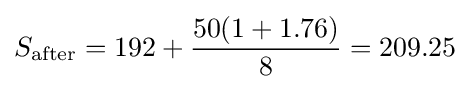
S_{\text{after}}={\text{192}}+{50(1+1.76) \over 8}=209.25